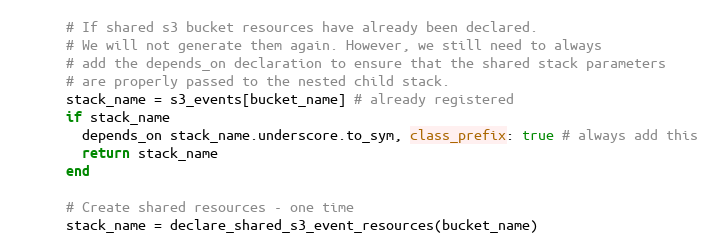
Language: Ruby
      # If shared s3 bucket resources have already been declared.
      # We will not generate them again. However, we still need to always
      # add the depends_on declaration to ensure that the shared stack parameters
      # are properly passed to the nested child stack.
      stack_name = s3_events[bucket_name] # already registered
      if stack_name
        depends_on stack_name.underscore.to_sym, class_prefix: true # always add this
        return stack_name
      end

      # Create shared resources - one time
      stack_name = declare_shared_s3_event_resources(bucket_name)